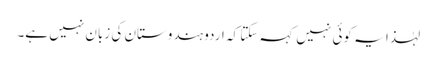
لہٰذا یہ کوئی نہیں کہہ سکتا کہ اردو ہندوستان کی زبان نہیں ہے۔